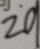
2 9